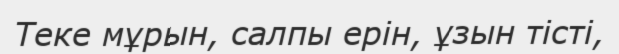
Теке мұрын, салпы ерін, ұзын тісті,